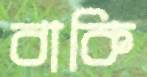
বাকি